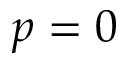
p = 0